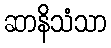
ဆာနိသံသာ